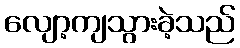
လျော့ကျသွားခဲ့သည်